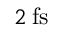
2 \: \mathrm { f s }